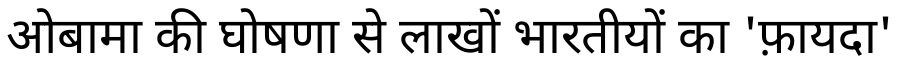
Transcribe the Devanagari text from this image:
ओबामा की घोषणा से लाखों भारतीयों का 'फ़ायदा'